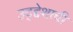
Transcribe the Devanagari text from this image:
उद्द्देशाची